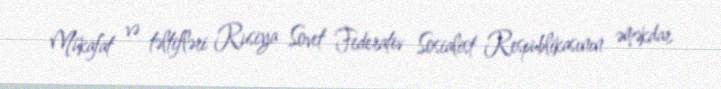
Mükafat və təltifləri Rusiya Sovet Federativ Sosialist Respublikasının əməkdar